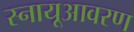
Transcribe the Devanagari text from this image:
स्नायूआवरण